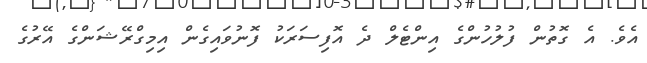
އެވެ. އެ ގޮތުން ފުލުހުންގެ އިންޓެލް ދެ އޮފިސަރަކު ފޮނުވައިގެން އިމިގްރޭޝަންގެ އޭރުގެ